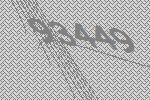
93449